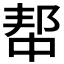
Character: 𫑢